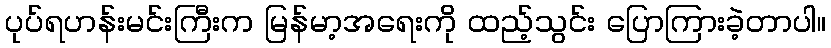
ပုပ်ရဟန်းမင်းကြီးက မြန်မာ့အရေးကို ထည့်သွင်း ပြောကြားခဲ့တာပါ။